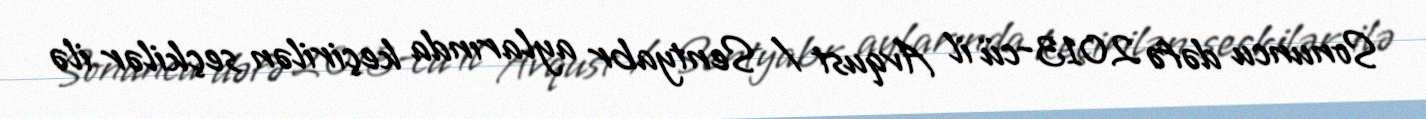
Sonuncu dəfə 2013-cü il Avqust / Sentyabr aylarında keçirilən seçkilər ilə